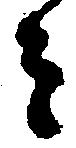
ミ